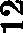
12